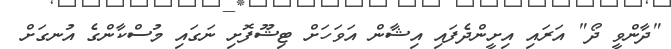
"ދާންވީ ދޯ" އަރައި އިށީންދެފައި އިޝާން އަވަހަށް ޓިޝޫފޮށި ނަގައި މުސްކާންގެ އުނގަށް